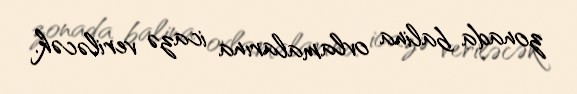
zonada balina ovlamalarına icazə veriləcək.